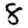
Digit: 8